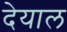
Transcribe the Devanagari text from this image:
देयाल